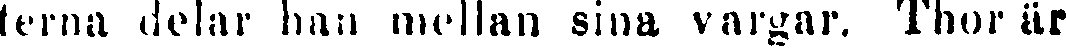
terna delar han mellan sina vargar. Thor är